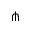
\pitchfork